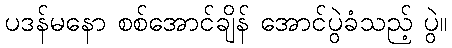
ပဒန်မနော စစ်အောင်ချိန် အောင်ပွဲခံသည့် ပွဲ။